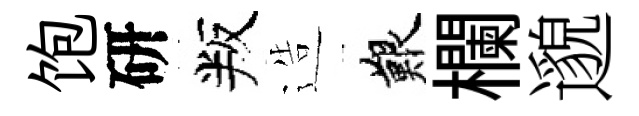
饱研叛造艱欄邈